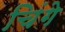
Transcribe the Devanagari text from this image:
चिंगे